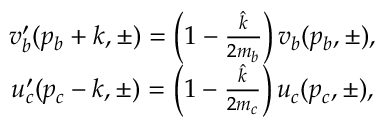
\begin{array} { c } { { v _ { b } ^ { \prime } ( p _ { b } + k , \pm ) = \left( 1 - \frac { \hat { k } } { 2 m _ { b } } \right) v _ { b } ( p _ { b } , \pm ) , } } \\ { { u _ { c } ^ { \prime } ( p _ { c } - k , \pm ) = \left( 1 - \frac { \hat { k } } { 2 m _ { c } } \right) u _ { c } ( p _ { c } , \pm ) , } } \end{array}